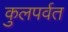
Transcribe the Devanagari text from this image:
कुलपर्वत